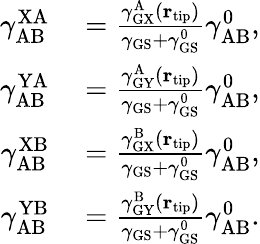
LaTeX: \begin{array}{rl}{\gamma_{\mathrm{AB}}^{\mathrm{XA}}}&{{}=\frac{\gamma_{\mathrm{GX}}^{\mathrm{A}}({\mathbf r}_{\mathrm{tip}})}{\gamma_{\mathrm{GS}}+\gamma_{\mathrm{GS}}^{0}}\gamma_{\mathrm{AB}}^{0},}\\ {\gamma_{\mathrm{AB}}^{\mathrm{YA}}}&{{}=\frac{\gamma_{\mathrm{GY}}^{\mathrm{A}}({\mathbf r}_{\mathrm{tip}})}{\gamma_{\mathrm{GS}}+\gamma_{\mathrm{GS}}^{0}}\gamma_{\mathrm{AB}}^{0},}\\ {\gamma_{\mathrm{AB}}^{\mathrm{XB}}}&{{}=\frac{\gamma_{\mathrm{GX}}^{\mathrm{B}}({\mathbf r}_{\mathrm{tip}})}{\gamma_{\mathrm{GS}}+\gamma_{\mathrm{GS}}^{0}}\gamma_{\mathrm{AB}}^{0},}\\ {\gamma_{\mathrm{AB}}^{\mathrm{YB}}}&{{}=\frac{\gamma_{\mathrm{GY}}^{\mathrm{B}}({\mathbf r}_{\mathrm{tip}})}{\gamma_{\mathrm{GS}}+\gamma_{\mathrm{GS}}^{0}}\gamma_{\mathrm{AB}}^{0}.}\end{array}